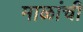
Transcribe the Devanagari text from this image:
माळांची